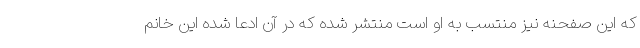
که این صفحنه نیز منتسب به او است منتشر شده که در آن ادعا شده این خانم